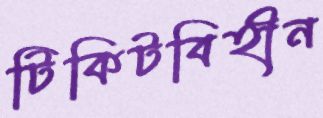
টিকিটবিহীন